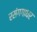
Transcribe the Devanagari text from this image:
रसंगगाधर